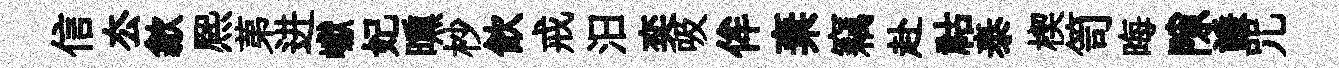
信厺歙熈苐进巘妃曛杪飮戒汨奕吸侔棄竊赴祜泰楔笥晦隙謙咒